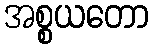
အစ္စယတော